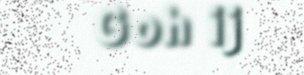
Goh ij